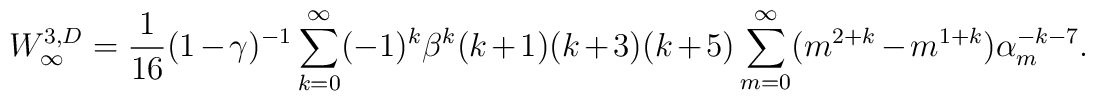
W_{\infty}^{3,D}={1\over 16}(1-\gamma)^{-1}\sum_{k=0}^{\infty}(-1)^{k}\beta^{k}(k+1)(k+3)(k+5)\sum_{m=0}^{\infty}(m^{2+k}-m^{1+k})\alpha_{m}^{-k-7}.